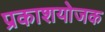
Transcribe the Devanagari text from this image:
प्रकाशयोजक